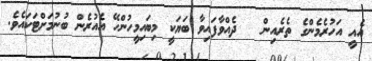
އެއީ އަހުރެމެންގެ ތެރެއިން   ދެއްވާފައިވާ ބަޔަކީ މިބައިމީހުންހޭ އެއުރެން ބުނުމަށްޓަކައެވެ.